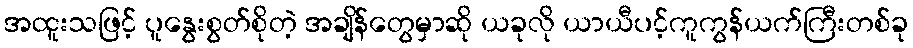
အထူးသဖြင့် ပူနွေးစွတ်စိုတဲ့ အချိန်တွေမှာဆို ယခုလို ယာယီပင့်ကူကွန်ယက်ကြီးတစ်ခု